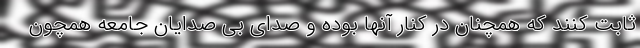
ثابت کنند که همچنان در کنار آنها بوده و صدای بی صدایان جامعه همچون